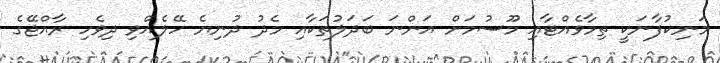
މަނިކުފާނަކީ ތިމާވެއްޓާއި މޫސުމަށް އަންނަ ބަދަލުތަކާއި މެދު ދުނިޔެ ހޭލެއްވި ދިވެހި ރާއްޖޭގެ